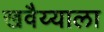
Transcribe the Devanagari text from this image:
खवैय्याला